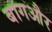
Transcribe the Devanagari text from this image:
बागऔर